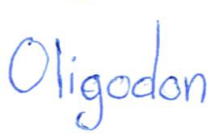
Text: Oligodon
Cross-out: clean
Writing tool: ballpoint